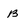
Character: B